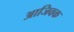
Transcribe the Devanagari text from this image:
आजिवक